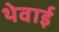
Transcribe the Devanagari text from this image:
थेवाई